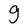
Character: g